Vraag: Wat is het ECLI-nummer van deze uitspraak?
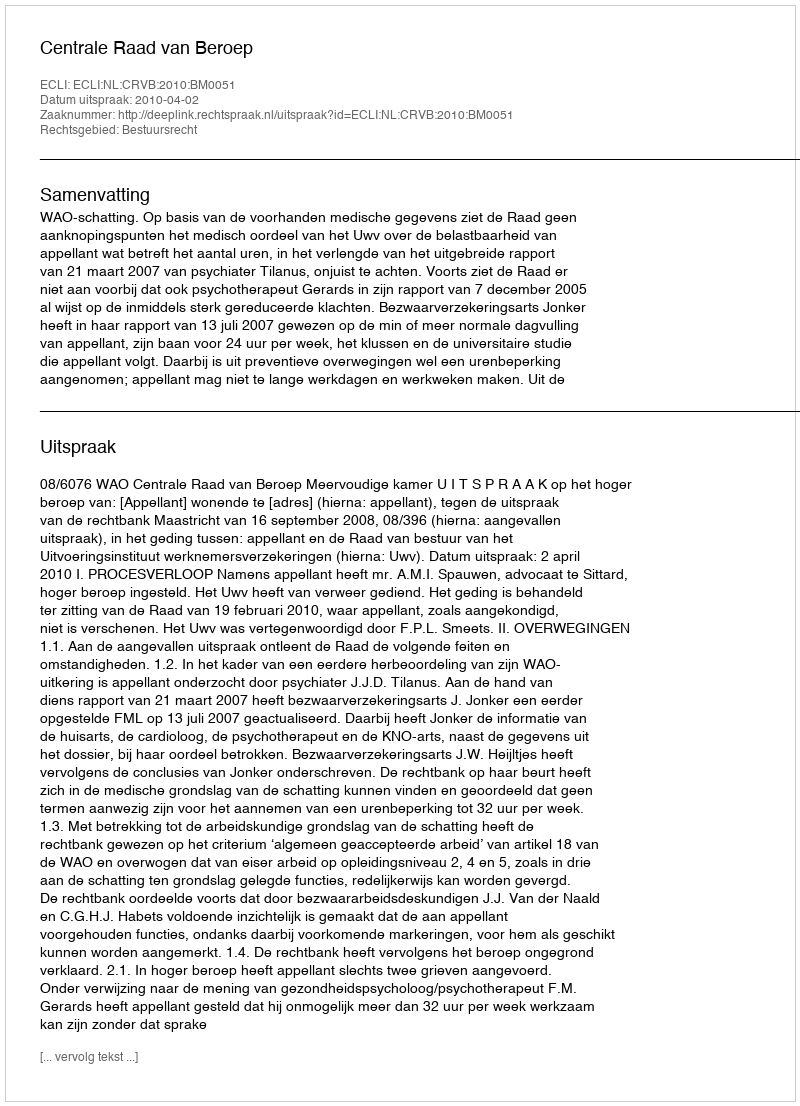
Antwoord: ECLI:NL:CRVB:2010:BM0051